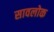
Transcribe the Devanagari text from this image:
सावलोक